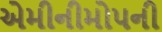
એમીનીમોપની